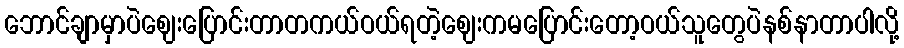
ဘောင်ချာမှာပဲဈေးပြောင်းတာတကယ်ဝယ်ရတဲ့ဈေးကမပြောင်းတော့ဝယ်သူတွေပဲနစ်နာတာပါလို့